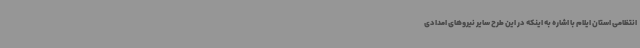
انتظامی استان ایلام با اشاره به اینکه در این طرح سایر نیروهای امدادی